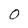
Character: 0